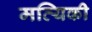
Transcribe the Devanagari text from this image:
मत्यिकी